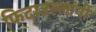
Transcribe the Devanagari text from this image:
फिदाउल्लांनी